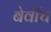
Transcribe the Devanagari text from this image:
बेवॉच